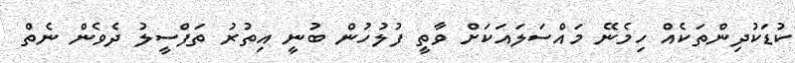
ކުޑަކުދިންތަކެއް ހިމެނޭ މައްސަލައަކަށް ވާތީ ފުލުހުން ބުނީ އިތުރު ތަފްސީލު ދެވެން ނެތް